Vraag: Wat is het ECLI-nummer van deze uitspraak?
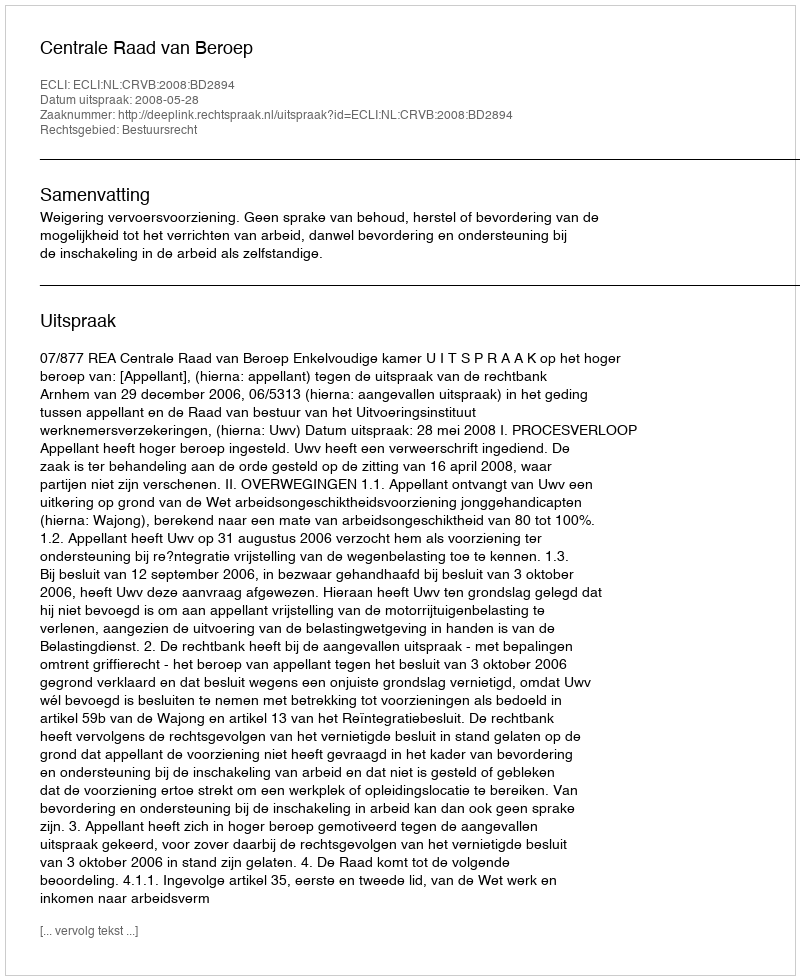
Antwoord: ECLI:NL:CRVB:2008:BD2894